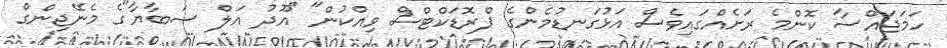
ހަމަޖައްސާ ކޮންމެ ރަށެއްގައިވެސް އަޅުގަނޑުމެންގެ ޕްރޮޑަކްޓްސް ވިއްކުން" "އޫދު އަލް ސަބާޔާ"ގެ މެނޭޖިންގް